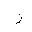
Letter: _zay